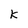
Character: k